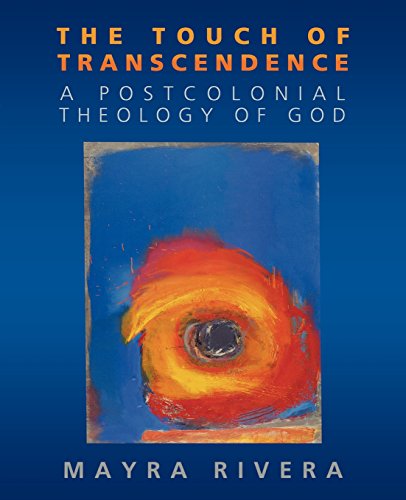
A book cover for The Touch of Transcendence: A Postcolonial Theology of God; Mayra Rivera; Christian Books & Bibles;